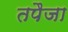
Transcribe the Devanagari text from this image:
तपैजा